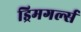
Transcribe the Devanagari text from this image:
ड्रिमगर्ल्स